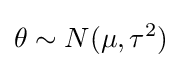
\theta \sim N(\mu ,\tau ^{2})